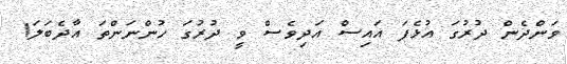
ވަންދެން ދުރުގަ އުޅެފަ އައިސް އަދިވެސް ވީ ދުރުގަ ހުންނަންތަ އާދެބަލަ!